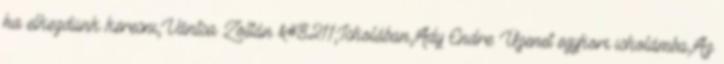
ha elkezdünk keresni,Vántsa Zoltán &#8211;Iskolában,Ady Endre: Üzenet egykori iskolámba,Az